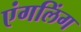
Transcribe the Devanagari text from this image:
एंगलिंग